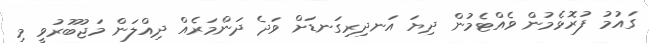
ގައުމު ފުރޮޅެމުން ވެއްޓެމުން ދިޔަ އަނދިރިގަނޑަށް ވަދެ ދަންމަރެއް ދިއްލަން މަޖުބޫރުވީ މި